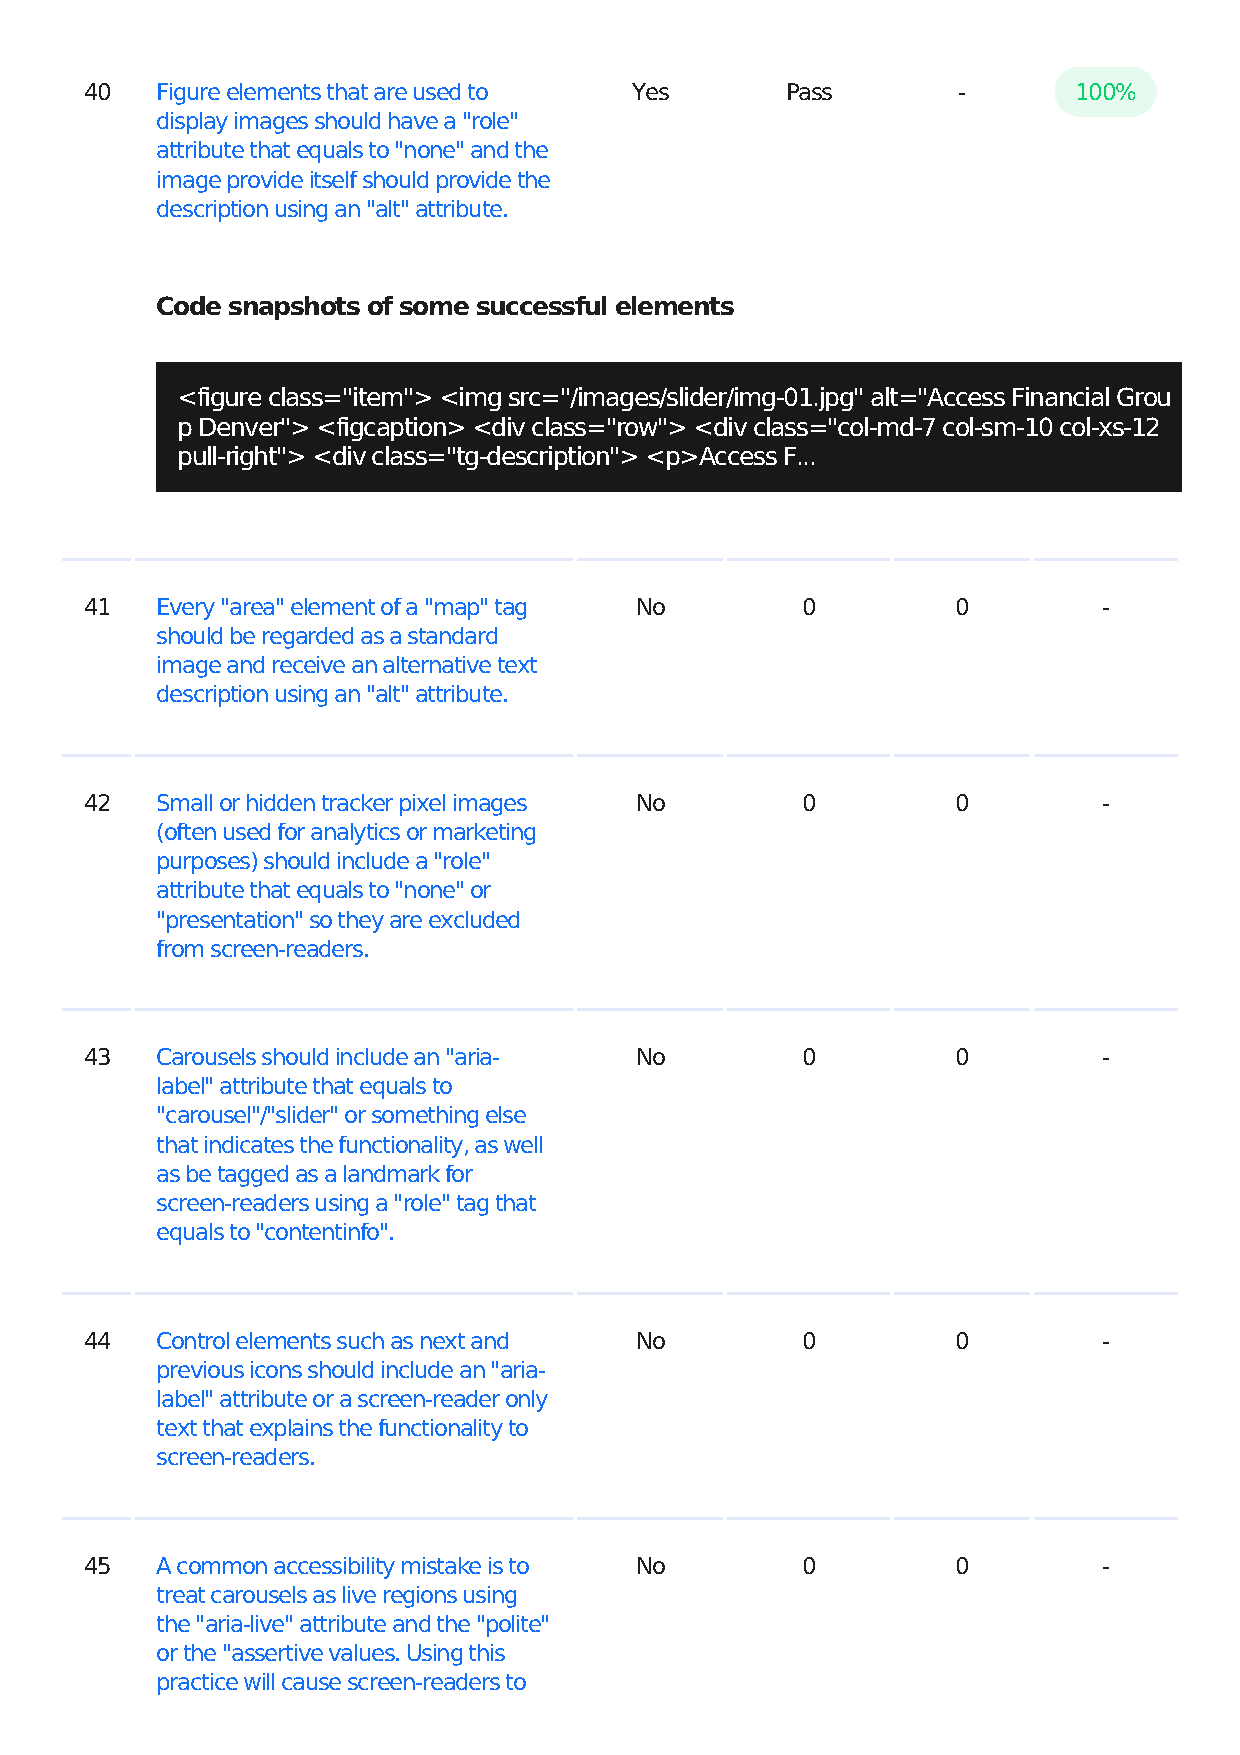
40  Figure elements that are used to Yes      Pass       -       100%
 display images should have a "role"
 attribute that equals to "none" and the
 image provide itself should provide the
 description using an "alt" attribute.
 Code snapshots of some successful elements
 <figure class="item"> <img src="/images/slider/img-01.jpg" alt="Access Financial Grou
 p Denver"> <figcaption> <div class="row"> <div class="col-md-7 col-sm-10 col-xs-12
 pull-right"> <div class="tg-description"> <p>Access F...
 41  Every "area" element of a "map" tag No     0         0         -
 should be regarded as a standard
 image and receive an alternative text
 description using an "alt" attribute.
 42  Small or hidden tracker pixel images No    0         0         -
 (often used for analytics or marketing
 purposes) should include a "role"
 attribute that equals to "none" or
 "presentation" so they are excluded
 from screen-readers.
 43  Carousels should include an "aria- No      0         0         -
 label" attribute that equals to
 "carousel"/"slider" or something else
 that indicates the functionality, as well
 as be tagged as a landmark for
 screen-readers using a "role" tag that
 equals to "contentinfo".
 44  Control elements such as next and No       0         0         -
 previous icons should include an "aria-
 label" attribute or a screen-reader only
 text that explains the functionality to
 screen-readers.
 45  A common accessibility mistake is to No    0         0         -
 treat carousels as live regions using
 the "aria-live" attribute and the "polite"
 or the "assertive values. Using this
 practice will cause screen-readers to